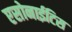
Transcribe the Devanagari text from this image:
एसोनाईटिस